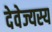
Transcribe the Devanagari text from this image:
देवेज्यस्य